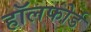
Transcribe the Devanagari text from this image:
हॉलफोर्ड